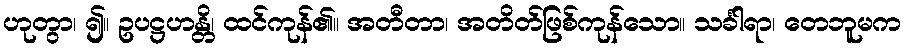
ဟုတွာ၊ ၍။ ဥပဋ္ဌဟန္တိ၊ ထင်ကုန်၏။ အတီတာ၊ အတိတ်ဖြစ်ကုန်သော။ သင်္ခါရာ၊ တေဘူမက